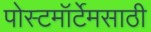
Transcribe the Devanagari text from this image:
पोस्टमॉर्टेमसाठी